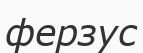
ферзус